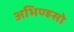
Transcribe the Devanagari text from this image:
अभिण्हसो